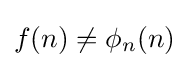
f(n)\not =\phi _{n}(n)